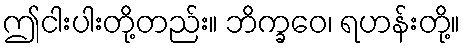
ဤငါးပါးတို့တည်း။ ဘိက္ခဝေ၊ ရဟန်းတို့။